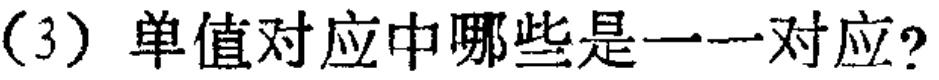
（3）单值对应中哪些是一一对应?